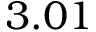
3 . 0 1